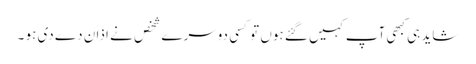
شاید ہی کبھی آپ کہیں گئے ہوں تو کسی دوسرے شخص نے اذان دے دی ہو ۔